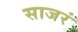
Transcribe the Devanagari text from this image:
साजरं